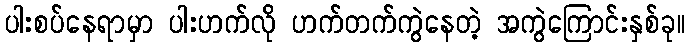
ပါးစပ်နေရာမှာ ပါးဟက်လို ဟက်တက်ကွဲနေတဲ့ အကွဲကြောင်းနှစ်ခု။